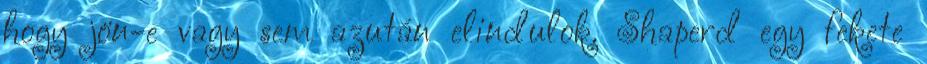
hogy jön-e vagy sem azután elindulok. Shaperd egy fekete